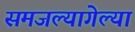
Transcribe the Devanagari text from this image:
समजल्यागेल्या